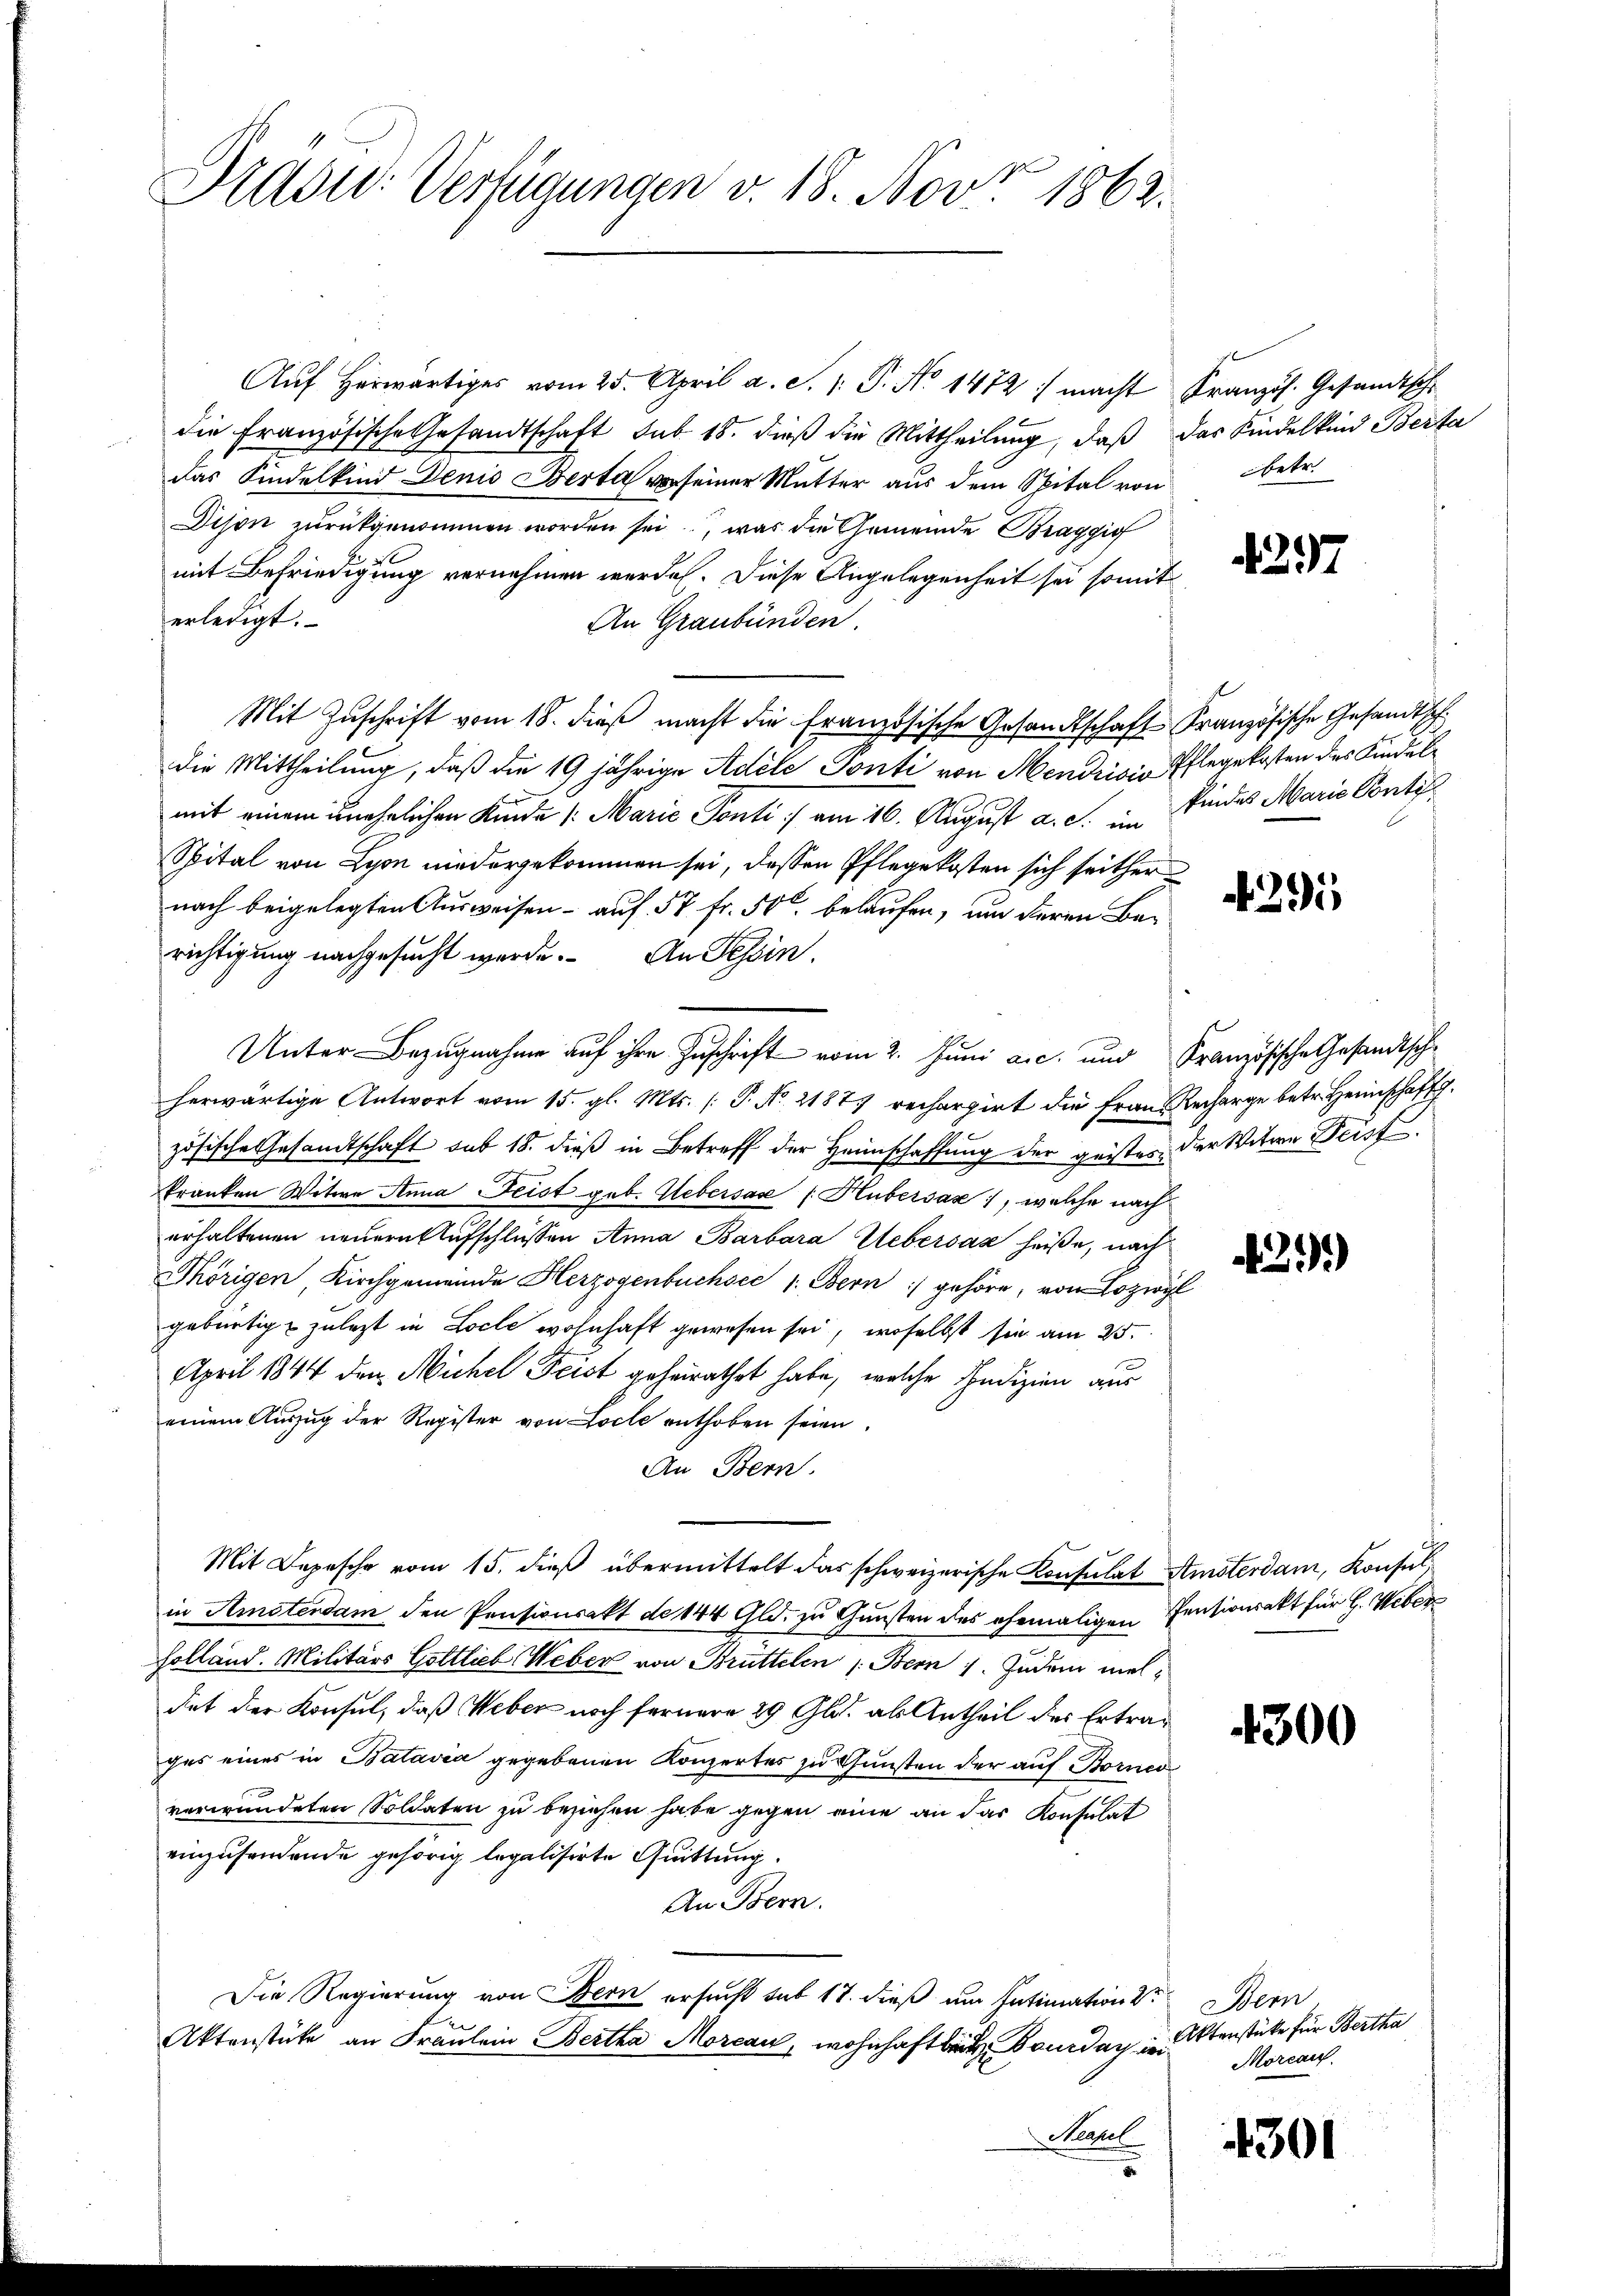
Prasur: Verfügungen v. 18. Nov. 1862.

Auf herwärtiges vom 25. April a. S. 1: P. No 1472 :/ macht Kranzös. Gesandtsch
die Französische Gesandtschaft sub 18. dieβ die Mittheilŭng, daβ das Kindelkind Berta
das Kindelkind Denis Berta vor seiner Mutter aus dem Spital von
Dison zurückgenommen worden sei, was die Gemeinde Braggio
mit Befriedigung vernehmen werde. Diese Angelegenheit sei somit
erledigt.
An Graubünden.
Mit Zŭschrift vom 18. dieβ macht die französische Gesandtschaft Französische Gesandtsch
die Mittheilung, daß die 19 jährige Adele Ponti von Mendrisis Pflegekosten des Kindel
mit einem unehelichen Kinde /: Marie Ponti] am 16. August a. c. findes Marie Ponti
Spital von Lyon niedergekommen sei, dessen Pflegekosten sich seither
nach beigelegten Ausweisen - auf 57 fr. 50 belaufen, um deren Berichtigung nachgesucht werde. An Tessin.
Unter-Bezugnahme auf ihre Zuschrift vom 2. Juni a.c. und Französische Gesandtsche
herwärtige Antwort vom 15. gl. Mts. (T. No. 21877 rechargirt die Frau. Recharge betr. Heimschaft.
zösische Gesandtschaft sub 18. dieß in Betreff der Heimschaffung der geistes der Witwe Frist
kranken Witwe Anna Frist geb. Gebersas (Hubersas, welche nach
erhaltenen neuern Aufschlüssen Anna Barbara Webersaz heiße, nach
Thörigen Kirchgemeinde Herzogenbuchsee 1. Bern :/ gehöre, von Lozwyl
gebürtig zuletzt in Loche wohnhaft gewesen sei, woselbst sie am 25.
April 1844 den Michel Frist geheirathet habe, welche Indizien aus
einem Auszug der Register von Locle enthoben seien.
An Bern.
Mit Depesche vom 15. dieß übermittelt das schweizerische Konsulat Amsterdam, Konsulin Amstendam den Pensionsakt de 144 Gld. zu Gunsten des ehemaligen Pensionsakt für H. Weber¬
Holland. Militärs Gottlieb Weber von Brüttelen (: Bern 1. Zudem meldet der Konsul, daß Weber noch fernere 29 Gld. als Antheil des Ertrag
ges eines in Batavia gegebenen Konzertes zu Gunsten der auf Bornco
verwundeten Soldaten zu beziehen habe gegen eine an das Konsulat
einzusendende gehörig legalisirte Quittung.
An Bern.
Die Regierung von Bern ersucht sub 17. dieß um Intimation der Bern
Aktenstüke an Fraulein Bertha Morcau, wohnhaft bei Bourday d. 4tenstüke für Bertha
Merul

betr.

4297

295

439)

4300

Mörcan.

4301